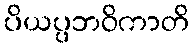
ပိယပ္ပဘဝိကာတိ